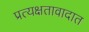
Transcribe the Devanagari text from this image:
प्रत्यक्षतावादात